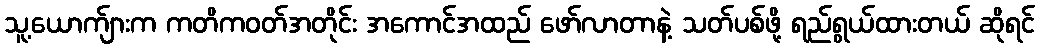
သူ့ယောက်ျားက ကတိကဝတ်အတိုင်း အကောင်အထည် ဖော်လာတာနဲ့ သတ်ပစ်ဖို့ ရည်ရွယ်ထားတယ် ဆိုရင်